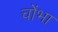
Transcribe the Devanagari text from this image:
चोंभा